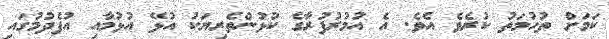
ކަމަށް ތުހުމަތު ކުރެވެ އެވެ. އެ އުމުރުފުރާގެ ކުޅުންތެރިޔަކު އުޅޭ އުޅުމާއި އުފެދުމުގައި